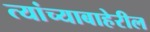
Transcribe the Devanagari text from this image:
त्यांच्याबाहेरील